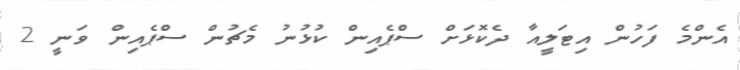
އެންމެ ފަހުން އިޓަލީއާ ދެކޮޅަށް ސްޕެއިން ކުޅުނު މެޗުން ސްޕެއިން ވަނީ 2